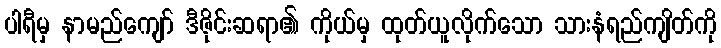
ပါရီမှ နာမည်ကျော် ဒီဇိုင်းဆရာ၏ ကိုယ်မှ ထုတ်ယူလိုက်သော သားနံရည်ကျိတ်ကို